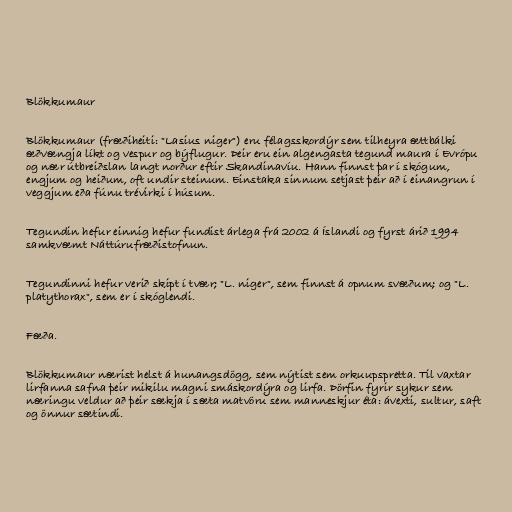
Blökkumaur

Blökkumaur (fræðiheiti: "Lasius niger") eru félagsskordýr sem tilheyra ættbálki
æðvængja líkt og vespur og býflugur. Þeir eru ein algengasta tegund maura í Evrópu
og nær útbreiðslan langt norður eftir Skandinavíu. Hann finnst þar í skógum,
engjum og heiðum, oft undir steinum. Einstaka sinnum setjast þeir að í einangrun í
veggjum eða fúnu trévirki í húsum.

Tegundin hefur einnig hefur fundist árlega frá 2002 á Íslandi og fyrst árið 1994
samkvæmt Náttúrufræðistofnun.

Tegundinni hefur verið skipt í tvær; "L. niger", sem finnst á opnum svæðum; og "L.
platythorax", sem er í skóglendi.

Fæða.

Blökkumaur nærist helst á hunangsdögg, sem nýtist sem orkuupspretta. Til vaxtar
lirfanna safna þeir mikilu magni smáskordýra og lirfa. Þörfin fyrir sykur sem
næringu veldur að þeir sækja í sæta matvöru sem manneskjur éta: ávexti, sultur, saft
og önnur sætindi.